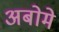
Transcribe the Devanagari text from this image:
अबोमे